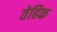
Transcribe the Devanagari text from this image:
तेहिक